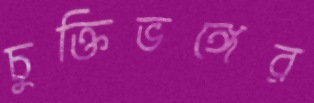
চুক্তিভঙ্গের